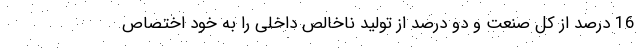
16 درصد از کل صنعت و دو درصد از تولید ناخالص داخلی را به خود اختصاص